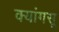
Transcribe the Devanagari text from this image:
क्यांगसू